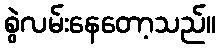
စွဲလမ်းနေတော့သည်။